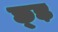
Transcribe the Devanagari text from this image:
छ्ड़